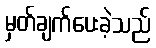
မှတ်ချက်ပေးခဲ့သည်